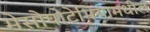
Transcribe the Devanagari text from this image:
मेसोपोटेमियामधील